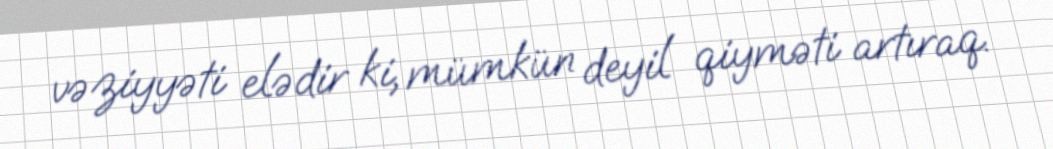
vəziyyəti elədir ki, mümkün deyil qiyməti artıraq.